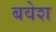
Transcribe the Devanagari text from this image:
बवेश